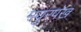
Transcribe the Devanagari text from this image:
मयुरपंख